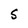
Character: S